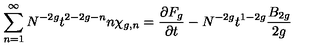
\sum _ { n = 1 } ^ { \infty } N ^ { - 2 g } t ^ { 2 - 2 g - n } n \chi _ { g , n } = { \frac { \partial F _ { g } } { \partial t } } - N ^ { - 2 g } t ^ { 1 - 2 g } { \frac { B _ { 2 g } } { 2 g } }